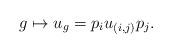
LaTeX: \begin{align*} g \mapsto u_g = p_i u_{(i,j)} p_j.\end{align*}